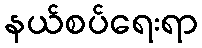
နယ်စပ်ရေးရာ